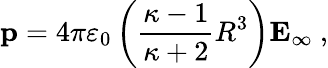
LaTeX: \mathbf{p}=4\pi\varepsilon_{0}\left({\frac{\kappa-1}{\kappa+2}}R^{3}\right)\mathbf{E}_{\infty}\ ,